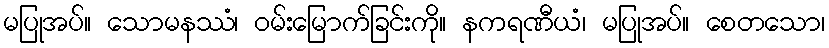
မပြုအပ်။ သောမနဿံ၊ ဝမ်းမြောက်ခြင်းကို။ နကရဏီယံ၊ မပြုအပ်။ စေတသော၊